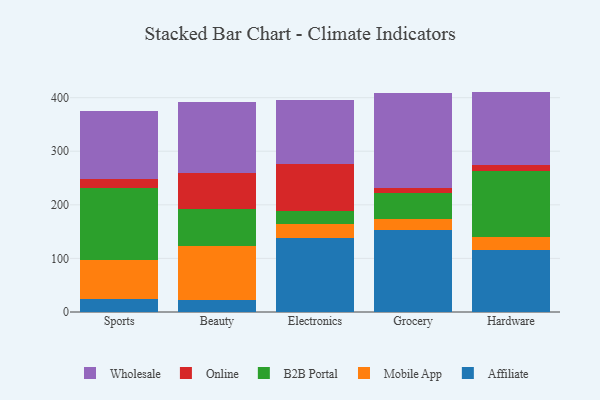
{"axis": {"x": "Category", "y": "Churn Rate (%)"}, "legend": ["Affiliate", "B2B Portal", "Mobile App", "Online", "Wholesale"], "data": [{"x": "Sports", "y": 24.3, "type": "Affiliate"}, {"x": "Sports", "y": 72.9, "type": "Mobile App"}, {"x": "Sports", "y": 134.5, "type": "B2B Portal"}, {"x": "Sports", "y": 16.5, "type": "Online"}, {"x": "Sports", "y": 127.7, "type": "Wholesale"}, {"x": "Beauty", "y": 22.3, "type": "Affiliate"}, {"x": "Beauty", "y": 101.7, "type": "Mobile App"}, {"x": "Beauty", "y": 67.6, "type": "B2B Portal"}, {"x": "Beauty", "y": 68.2, "type": "Online"}, {"x": "Beauty", "y": 132.1, "type": "Wholesale"}, {"x": "Electronics", "y": 138.6, "type": "Affiliate"}, {"x": "Electronics", "y": 26.2, "type": "Mobile App"}, {"x": "Electronics", "y": 23.3, "type": "B2B Portal"}, {"x": "Electronics", "y": 88.1, "type": "Online"}, {"x": "Electronics", "y": 119.4, "type": "Wholesale"}, {"x": "Grocery", "y": 153.6, "type": "Affiliate"}, {"x": "Grocery", "y": 19.2, "type": "Mobile App"}, {"x": "Grocery", "y": 48.7, "type": "B2B Portal"}, {"x": "Grocery", "y": 10.0, "type": "Online"}, {"x": "Grocery", "y": 177.6, "type": "Wholesale"}, {"x": "Hardware", "y": 116.1, "type": "Affiliate"}, {"x": "Hardware", "y": 24.8, "type": "Mobile App"}, {"x": "Hardware", "y": 122.9, "type": "B2B Portal"}, {"x": "Hardware", "y": 10.5, "type": "Online"}, {"x": "Hardware", "y": 137.0, "type": "Wholesale"}]}